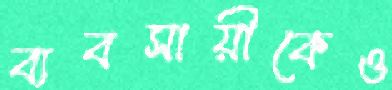
ব্যবসায়ীকেও